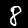
Label: 8